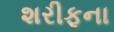
શરીફના